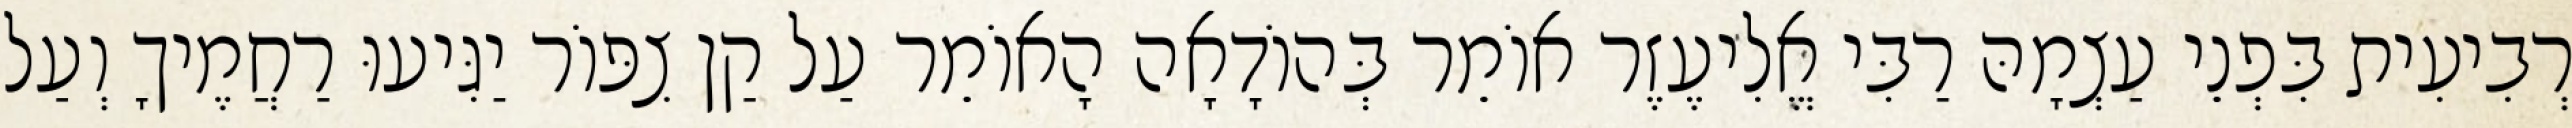
רְבִיעִית בִּפְנֵי עַצְמָהּ רַבִּי אֱלִיעֶזֶר אוֹמֵר בְּהוֹדָאָה הָאוֹמֵר עַל קַן צִפּוֹר יַגִּיעוּ רַחֲמֶיךָ וְעַל